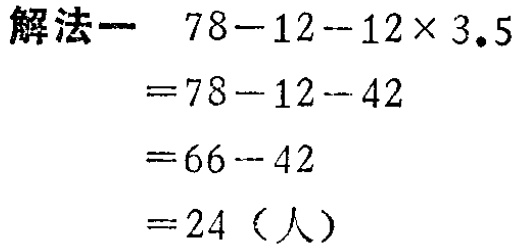
解法一 \(78 - 12 - 12\times3.5\)
\(= 78 - 12 - 42\)
\(= 66 - 42\)
\(= 24\)（人）